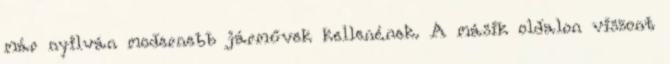
már nyilván modernebb járművek kellenének. A másik oldalon viszont